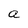
Character: a